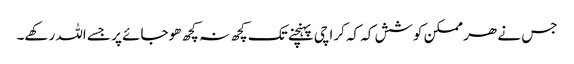
جس نے ھر ممکن کوشش کہ کہ کراچی پہنچنے تک کچھ نہ کچھ ھوجائے پر جسے اللہ رکھے۔